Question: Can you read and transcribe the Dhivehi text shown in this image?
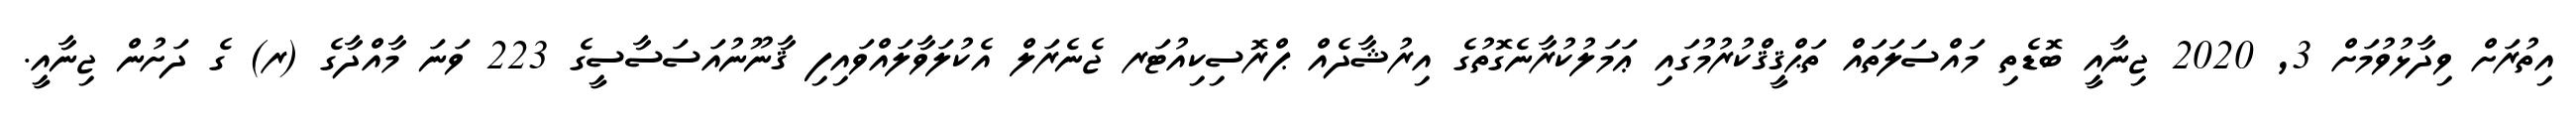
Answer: އިތުރަށް ވިދާޅުވުމަށް 3, 2020 ޖިނާއީ ބޮޑެތި މައްސަލަތައް ތަޙްޤީޤްކުރުމުގައި ޢަމަލުކުރާނެގޮތުގެ އިރުޝާދެއް ޕްރޮސިކިއުޓަރ ޖެނެރަލް އެކުލަވާލައްވައިފި ޤާނޫނުއަސަސާސީގެ 223 ވަނަ މާއްދާގެ (ރ) ގެ ދަށުން ޖިނާއީ.